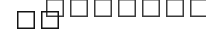
٣٢